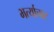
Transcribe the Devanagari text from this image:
भर्त्याचार